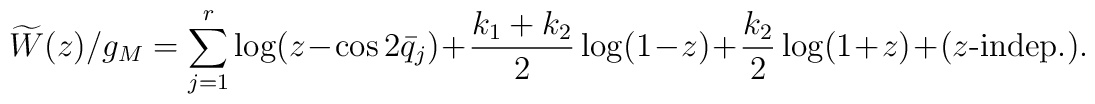
\widetilde{W}(z)/g_M =   \sum_{j=1}^r\log(z-\cos2\bar{q}_j)   +\frac{k_1+k_2}{2}\log(1-z)+\frac{k_2}{2}\log(1+z)+(\mbox{$z$-indep.}).